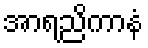
အာရညိကာနံ